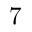
7